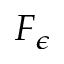
F _ { \epsilon }